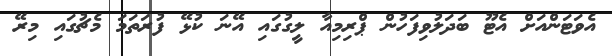
އެވަޓަންއަށް އެޓޫ ބަދަލުވިފަހުން ޕްރިމިއާ ލީގުގައި އޭނަ ކުޅޭ ފުރަތަމަ މެޗުގައި މިރޭ